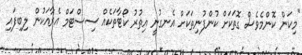
"މިކަން ކޮންމެވެސް ގޮތަކަށް ކުންފުނިތަކަށް އެނގުނީ އިތުރު ކޯޓާތަކެއް ސިސްޓަމް އެރާއަކުން ލިބިފައި